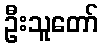
ဦးသူတော်